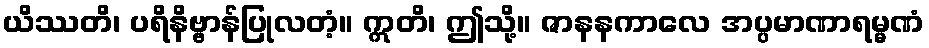
ယိဿတိ၊ ပရိနိဗ္ဗာန်ပြုလတံ့။ ဣတိ၊ ဤသို့။ ဇာနနကာလေ အပ္ပမာဏာရမ္မဏံ